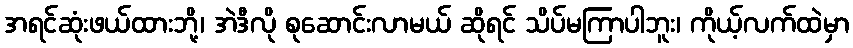
အရင်ဆုံးဖယ်ထားဘို့၊ အဲဒီလို စုဆောင်းလာမယ် ဆိုရင် သိပ်မကြာပါဘူး၊ ကိုယ့်လက်ထဲမှာ